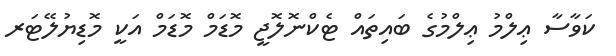
ކަވާސާ ޢިލްމު ޢިލްމުގެ ބައިތައް ޓެކްނޮލޮޖީ މޮޑަމް މޮޑަމް އަކީ މޮޑިޔުލޭޓަރ